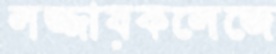
লজ্জায়কলেজে